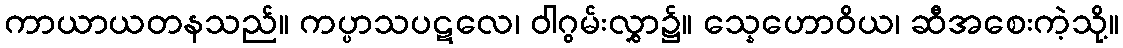
ကာယာယတနသည်။ ကပ္ပာသပဋလေ၊ ဝါဂွမ်းလွှာ၌။ သ္နေဟောဝိယ၊ ဆီအစေးကဲ့သို့။